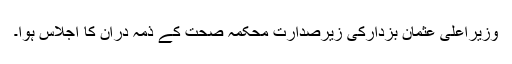
وزیراعلیٰ عثمان بزدارکی زیرصدارت محکمہ صحت کے ذمہ دران کا اجلاس ہوا۔